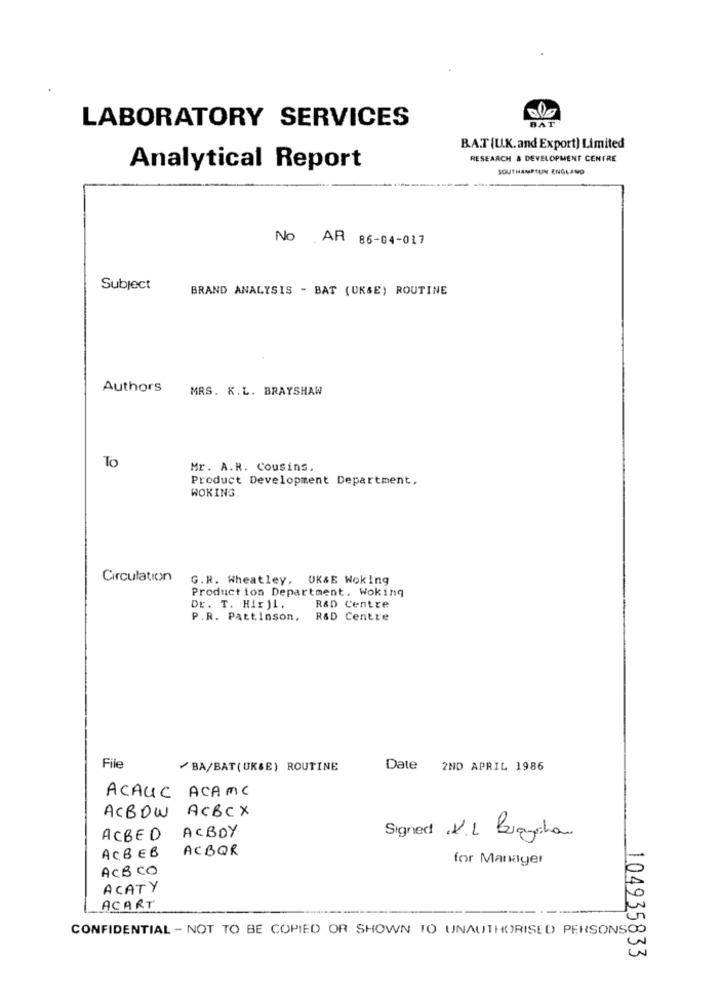
LABORATORY SERVICES
BAT
B.A.T (U.K.and Export) Limited
RESEARCH & DEVELOPMENT CENTRE
Analytical Report
SOUTHAMPTON ENGLAND
No AR 86-04-017
Subject
BRAND ANALYSIS - BAT (UKSE) ROUTINE
Authors
MRS. K.L. BRAYSHAW
To
Mr. A.R. Cousins.
Product Development Department,
WOKING.
Circulation
G.R. Wheatley, UK&E Woking
Production Department. Woking
Dr. T. Hir ji.
R&D Centre
P.R. Pattinson, R&D Centre
File
/BA/BAT(UK&E) ROUTINE
Date 2ND APRIL 1986
ACAUC ACAME
ACBOW ACBCX
ACBED ACBOY
Signed .V.L. Bugycha
ACBOR
ACBEB
for Manager
ACBCO
ACATY
ACART
CONFIDENTIAL - NOT TO BE COPIED OR SHOWN TO UNAUTHORISED PERSONSOO
104935833